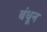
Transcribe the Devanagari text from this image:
बंधून